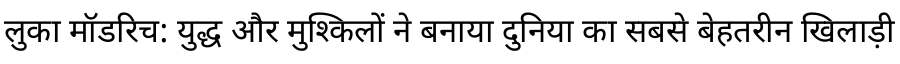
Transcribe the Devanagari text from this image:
लुका मॉडरिच: युद्ध और मुश्किलों ने बनाया दुनिया का सबसे बेहतरीन खिलाड़ी